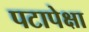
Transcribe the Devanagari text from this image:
पटापेक्षा